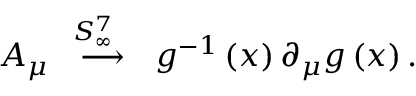
A _ { \mu } \stackrel { \; \; S _ { \infty } ^ { 7 } \quad } { \longrightarrow } g ^ { - 1 } \left( x \right) \partial _ { \mu } g \left( x \right) .